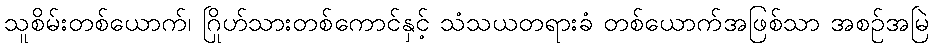
သူစိမ်းတစ်ယောက်၊ ဂြိုဟ်သားတစ်ကောင်နှင့် သံသယတရားခံ တစ်ယောက်အဖြစ်သာ အစဉ်အမြဲ